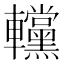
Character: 𨏻